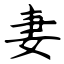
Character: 妻